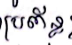
ប្រព័ន្ធ